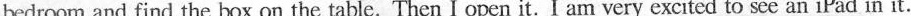
bedroom and find the box on the table. Then I open it. I am very excited to seean iPad in it.